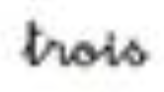
trois